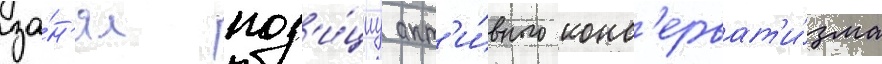
за́н'ял поз'и́циу акт'и́вного конс'ерват'и́зма